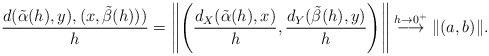
\begin{align*}\frac{d(\tilde\alpha(h),y),(x,\tilde\beta(h)))}{h}=\left\|\left(\frac{d_X(\tilde\alpha(h),x)}{h},\frac{d_Y(\tilde\beta(h),y)}{h} \right)\right\| \stackrel{h\to 0^+}{\longrightarrow} \|(a,b)\|.\end{align*}